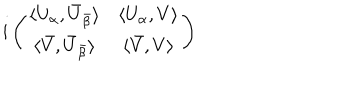
i \left( \begin{matrix} { { \langle U _ { \alpha } , \bar { U } _ { \bar { \beta } } \rangle } } & { { \langle U _ { \alpha } , V \rangle } } \\ { { \langle \bar { V } , \bar { U } _ { \bar { \beta } } \rangle } } & { { \langle \bar { V } , V \rangle } } \\ \end{matrix} \right)